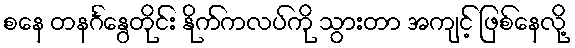
စနေ တနင်္ဂနွေတိုင်း နိုက်ကလပ်ကို သွားတာ အကျင့် ဖြစ်နေလို့